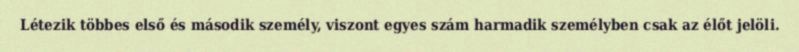
Létezik többes első és második személy, viszont egyes szám harmadik személyben csak az élőt jelöli.